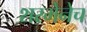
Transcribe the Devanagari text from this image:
शरमेनेच